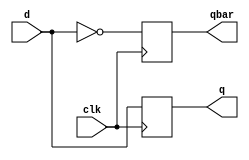
module dff(clk,d,q,qbar);
	output reg q;
	output reg qbar;
	input  clk;
	input  d;

    always @(posedge clk)
    begin
        q<=d;
        qbar<= !d;    
    end
endmodule